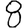
Digit: 8